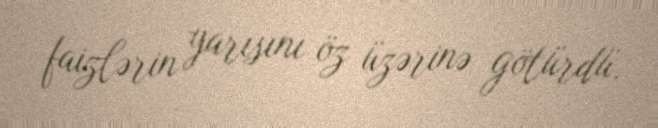
faizlərin yarısını öz üzərinə götürdü.